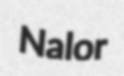
Nalor